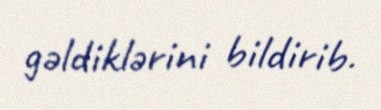
gəldiklərini bildirib.